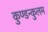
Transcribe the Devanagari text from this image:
कुण्डन्कुलम